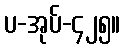
ပ-အုပ်-၄၂၅။